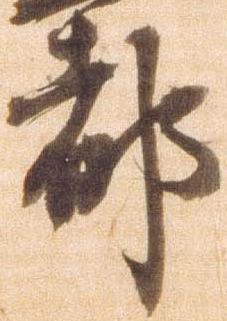
都